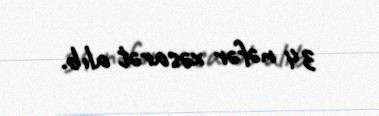
34 nəfər xəsarət alıb.